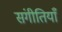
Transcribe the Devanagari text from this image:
संगीतियाँ